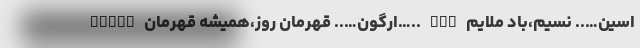
RKNAZ ارگون….. قهرمان روز،همیشه قهرمان….. RGN اسین….. نسیم،باد ملایم